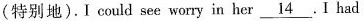
(特别地).I could see worry in her \underline{14} I had